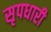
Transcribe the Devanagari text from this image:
सृपधारी